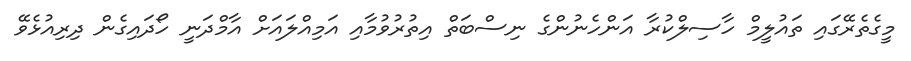
މީގެތެރޭގައި ތައުލީމް ހާސިލްކުރާ އަންހެނުންގެ ނިސްބަތް އިތުރުވުމާއި އަމިއްލައަށް އާމްދަނީ ހޯދައިގެން ދިރިއުޅެވޭ